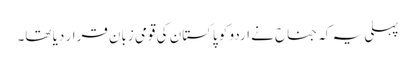
پہلی یہ کہ جناح نے اردو کو پاکستان کی قومی زبان قرار دیا تھا۔